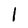
Character: 1